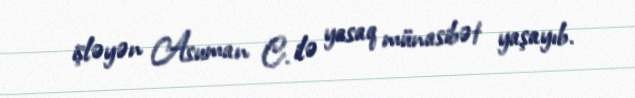
işləyən Asuman C. ilə yasaq münasibət yaşayıb.